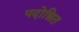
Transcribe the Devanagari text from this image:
पदोन्नित